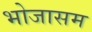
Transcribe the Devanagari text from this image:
भोजासम